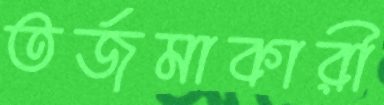
তর্জমাকারী